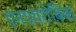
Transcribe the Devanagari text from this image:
एनएयरोबिक